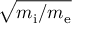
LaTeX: \sqrt { m _ { \mathrm { i } } / m _ { \mathrm { e } } }